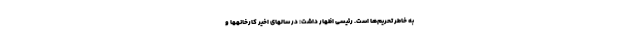
به خاطر تحریم‌ها است. رئیسی اظهار داشت: در سالهای اخیر کارخانهها و